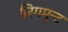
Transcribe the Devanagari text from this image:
ज़िगमुन्ट